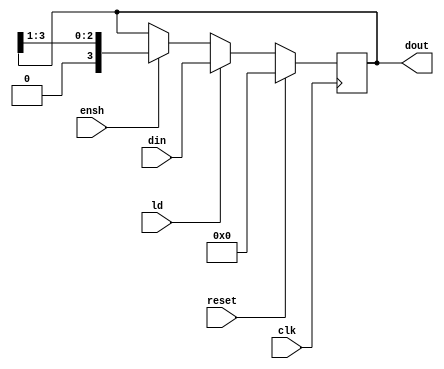
`timescale 1ns / 1ps
//////////////////////////////////////////////////////////////////////////////////
// Company: 
// Engineer: 
// 
// Design Name: 
// Module Name: shreg
// Project Name: 
// Target Devices: 
// Tool Versions: 
// Description: 
// 
// Dependencies: 
// 
// Revision:
// Revision 0.01 - File Created
// Additional Comments:
// 
//////////////////////////////////////////////////////////////////////////////////


module shreg(output reg [3:0] dout, input [3:0] din, input ld,ensh,clk,reset);
always @(posedge clk)
begin
    if (reset) dout <= 0;
    else if (ld) dout <= din;
    else if(ensh) dout <= {1'b0,dout[3:1]};
end
endmodule